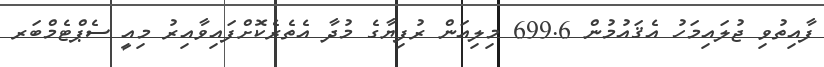
ފާއިތުވި ޖުލައިމަހު އެޤައުމުން 699.6 މިލިއަން ރުފިޔާގެ މުދާ އެތެރެކޮށްފައިވާއިރު މިއީ ސެޕްޓެމްބަރ